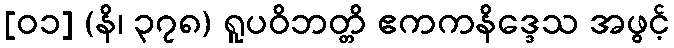
[၀၁] (နိ၊ ၃၇၈) ရူပဝိဘတ္တိ ဧကကနိဒ္ဒေသ အဖွင့်